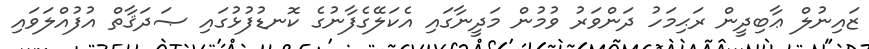
ޒައިނުލް ޢާބިދީން ރަޙިމަހު ދަންވަރު ވުމުން މަދީނާގައި އެކަލޭގެފާނުގެ ކޮނޑުފުޅުގައި ޞަދަޤާތް އުފުއްލަވައި